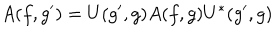
LaTeX: A ( f , g ^ { \prime } ) = U ( g ^ { \prime } , g ) A ( f , g ) U ^ { * } ( g ^ { \prime } , g )